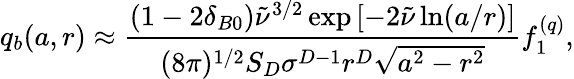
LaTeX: q_{b}(a,r)\approx\frac{(1-2\delta_{B0})\tilde{\nu}^{3/2}\exp\left[-2\tilde{\nu}\ln(a/r)\right]}{(8\pi)^{1/2}S_{D}\sigma^{D-1}r^{D}\sqrt{a^{2}-r^{2}}}f_{1}^{(q)},